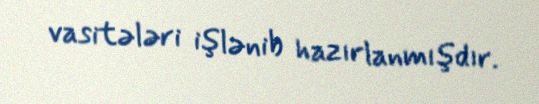
vasitələri işlənib hazırlanmışdır.